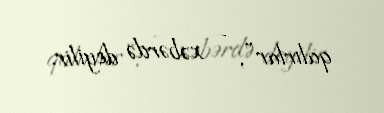
qalırlar”, - xəbərdə deyilir.